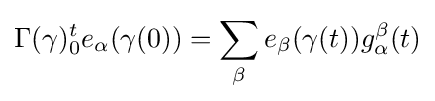
\Gamma (\gamma )_{0}^{t}e_{\alpha }(\gamma (0))=\sum _{\beta }e_{\beta }(\gamma (t))g_{\alpha }^{\beta }(t)